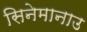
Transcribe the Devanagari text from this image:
सिनेमानाउ